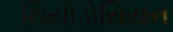
થિયોડોસિયન